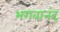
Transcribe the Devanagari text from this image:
भगवानंद